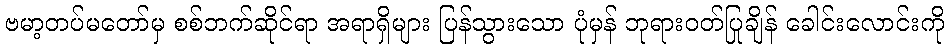
ဗမာ့တပ်မတော်မှ စစ်ဘက်ဆိုင်ရာ အရာရှိများ ပြန်သွားသော ပုံမှန် ဘုရားဝတ်ပြုချိန် ခေါင်းလောင်းကို